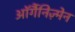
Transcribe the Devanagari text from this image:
ऑर्गैनिज़्मेन